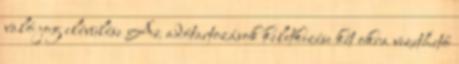
való jog elévülése Az adótartozások keletkezése két okra vezethető